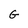
Character: G